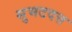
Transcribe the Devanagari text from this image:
सुभटदत्त